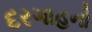
દરગાહનો